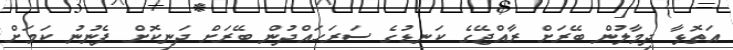
އަތޮޅާ ދިމާލުން ބޭރަށް ރާއްޖޭގެ ކަނޑުގެ ސަރަހައްދުން ބޭރަށް ދަނިކޮށް ފެނުނު ކަމަށް